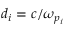
d _ { i } = c / \omega _ { p _ { i } }